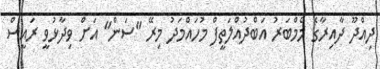
ދިއްދޫ ދާއިރާގެ މެމްބަރު އަބްދުއްލަތީފް މުހައްމަދު މިރޭ "ސަން" އަށް ވިދާޅުވީ ރައީސް